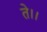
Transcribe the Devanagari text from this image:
ते।।